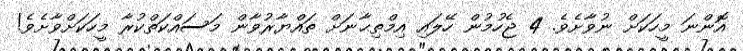
އޮންނަ މީހަކަށް ނުވާށެވެ. 4 ޖެހުމުން ހޭލައި އިމްތިޙާނަށް ތައްޔާރުވާން މަސައްކަތްކުރާ މީހަކަށްވާށެވެ!